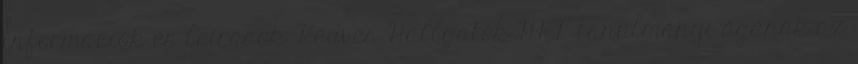
információk és leírások. Kedves Hallgatók HKP tanulmányi ágának az